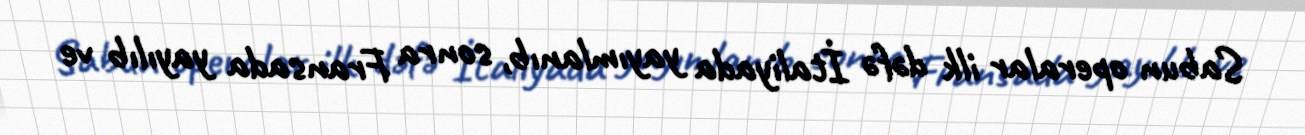
Sabun operalar ilk dəfə İtaliyada yayımlanıb, sonra Fransada yayılıb ve